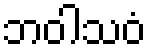
ဘဝါသဝံ